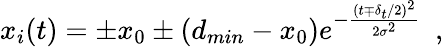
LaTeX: x_{i}(t)=\pm x_{0}\pm(d_{min}-x_{0})e^{-\frac{(t\mp\delta_{t}/2)^{2}}{2\sigma^{2}}}\ \ ,